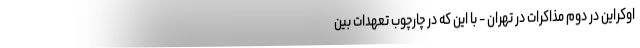
اوکراین در دوم مذاکرات در تهران - با این که در چارچوب تعهدات بین